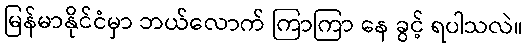
မြန်မာနိုင်ငံမှာ ဘယ်လောက် ကြာကြာ နေ ခွင့် ရပါသလဲ။